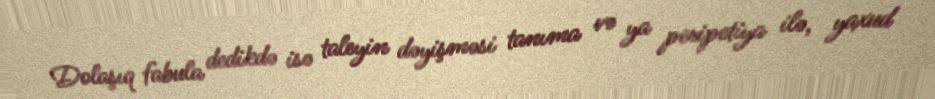
Dolaşıq fabula dedikdə isə taleyin dəyişməsi tanıma və ya peripetiya ilə, yaxud